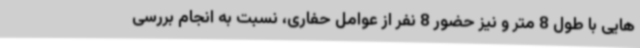
هایی با طول 8 متر و نیز حضور 8 نفر از عوامل حفاری، نسبت به انجام بررسی